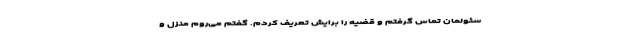
سئولمان تماس گرفتم و قضیه را برایش تعریف کردم. گفتم می‌روم منزل و